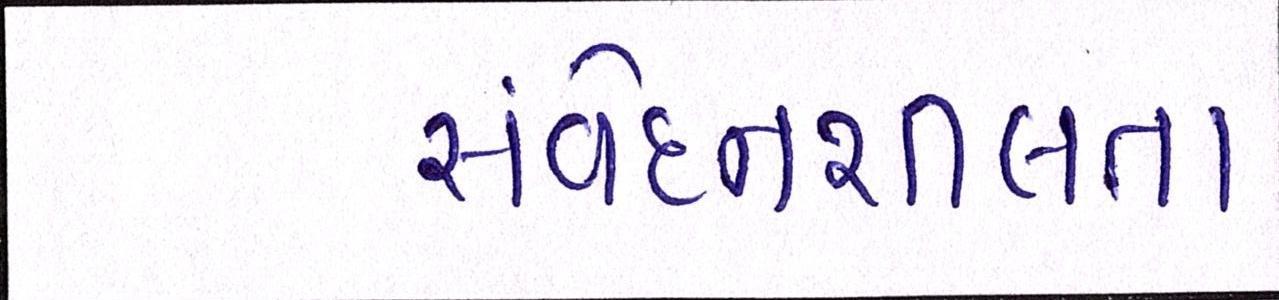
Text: સંવેદનશીલતા